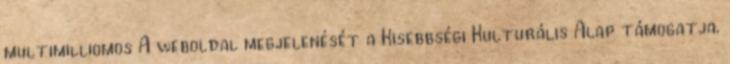
multimilliomos A weboldal megjelenését a Kisebbségi Kulturális Alap támogatja.